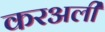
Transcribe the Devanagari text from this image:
करअली